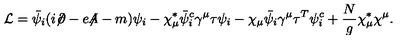
{ \cal L } = \bar { \psi } _ { i } ( i { \not \! \partial } - e { \not \! \! A } - m ) \psi _ { i } - \chi _ { \mu } ^ { * } \bar { \psi } _ { i } ^ { c } \gamma ^ { \mu } \tau \psi _ { i } - \chi _ { \mu } \bar { \psi } _ { i } \gamma ^ { \mu } \tau ^ { T } \psi _ { i } ^ { c } + \frac { N } { g } \chi _ { \mu } ^ { * } \chi ^ { \mu } .